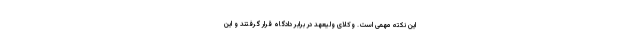
این نکته مهمی است. وکلای ولیعهد در برابر دادگاه قرار گرفتند و این